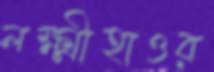
লক্ষ্মীহাওর